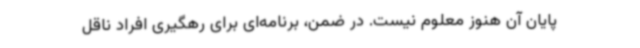
پایان آن هنوز معلوم نیست. در ضمن، برنامه‌ای برای رهگیری افراد ناقل